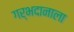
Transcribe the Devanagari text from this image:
गर्भदानाला